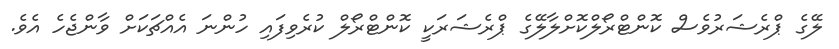
ލޭގެ ޕްރެޝަރުވެސް ކޮންޓްރޯލްކޮށްލާލޭގެ ޕްރެޝަރަކީ ކޮންޓްރޯލް ކުރެވިފައި ހުންނަ އެއްޗަކަށް ވާންޖެހެ އެވެ.